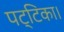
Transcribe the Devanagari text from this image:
पट्टिका।